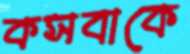
কসবাকে